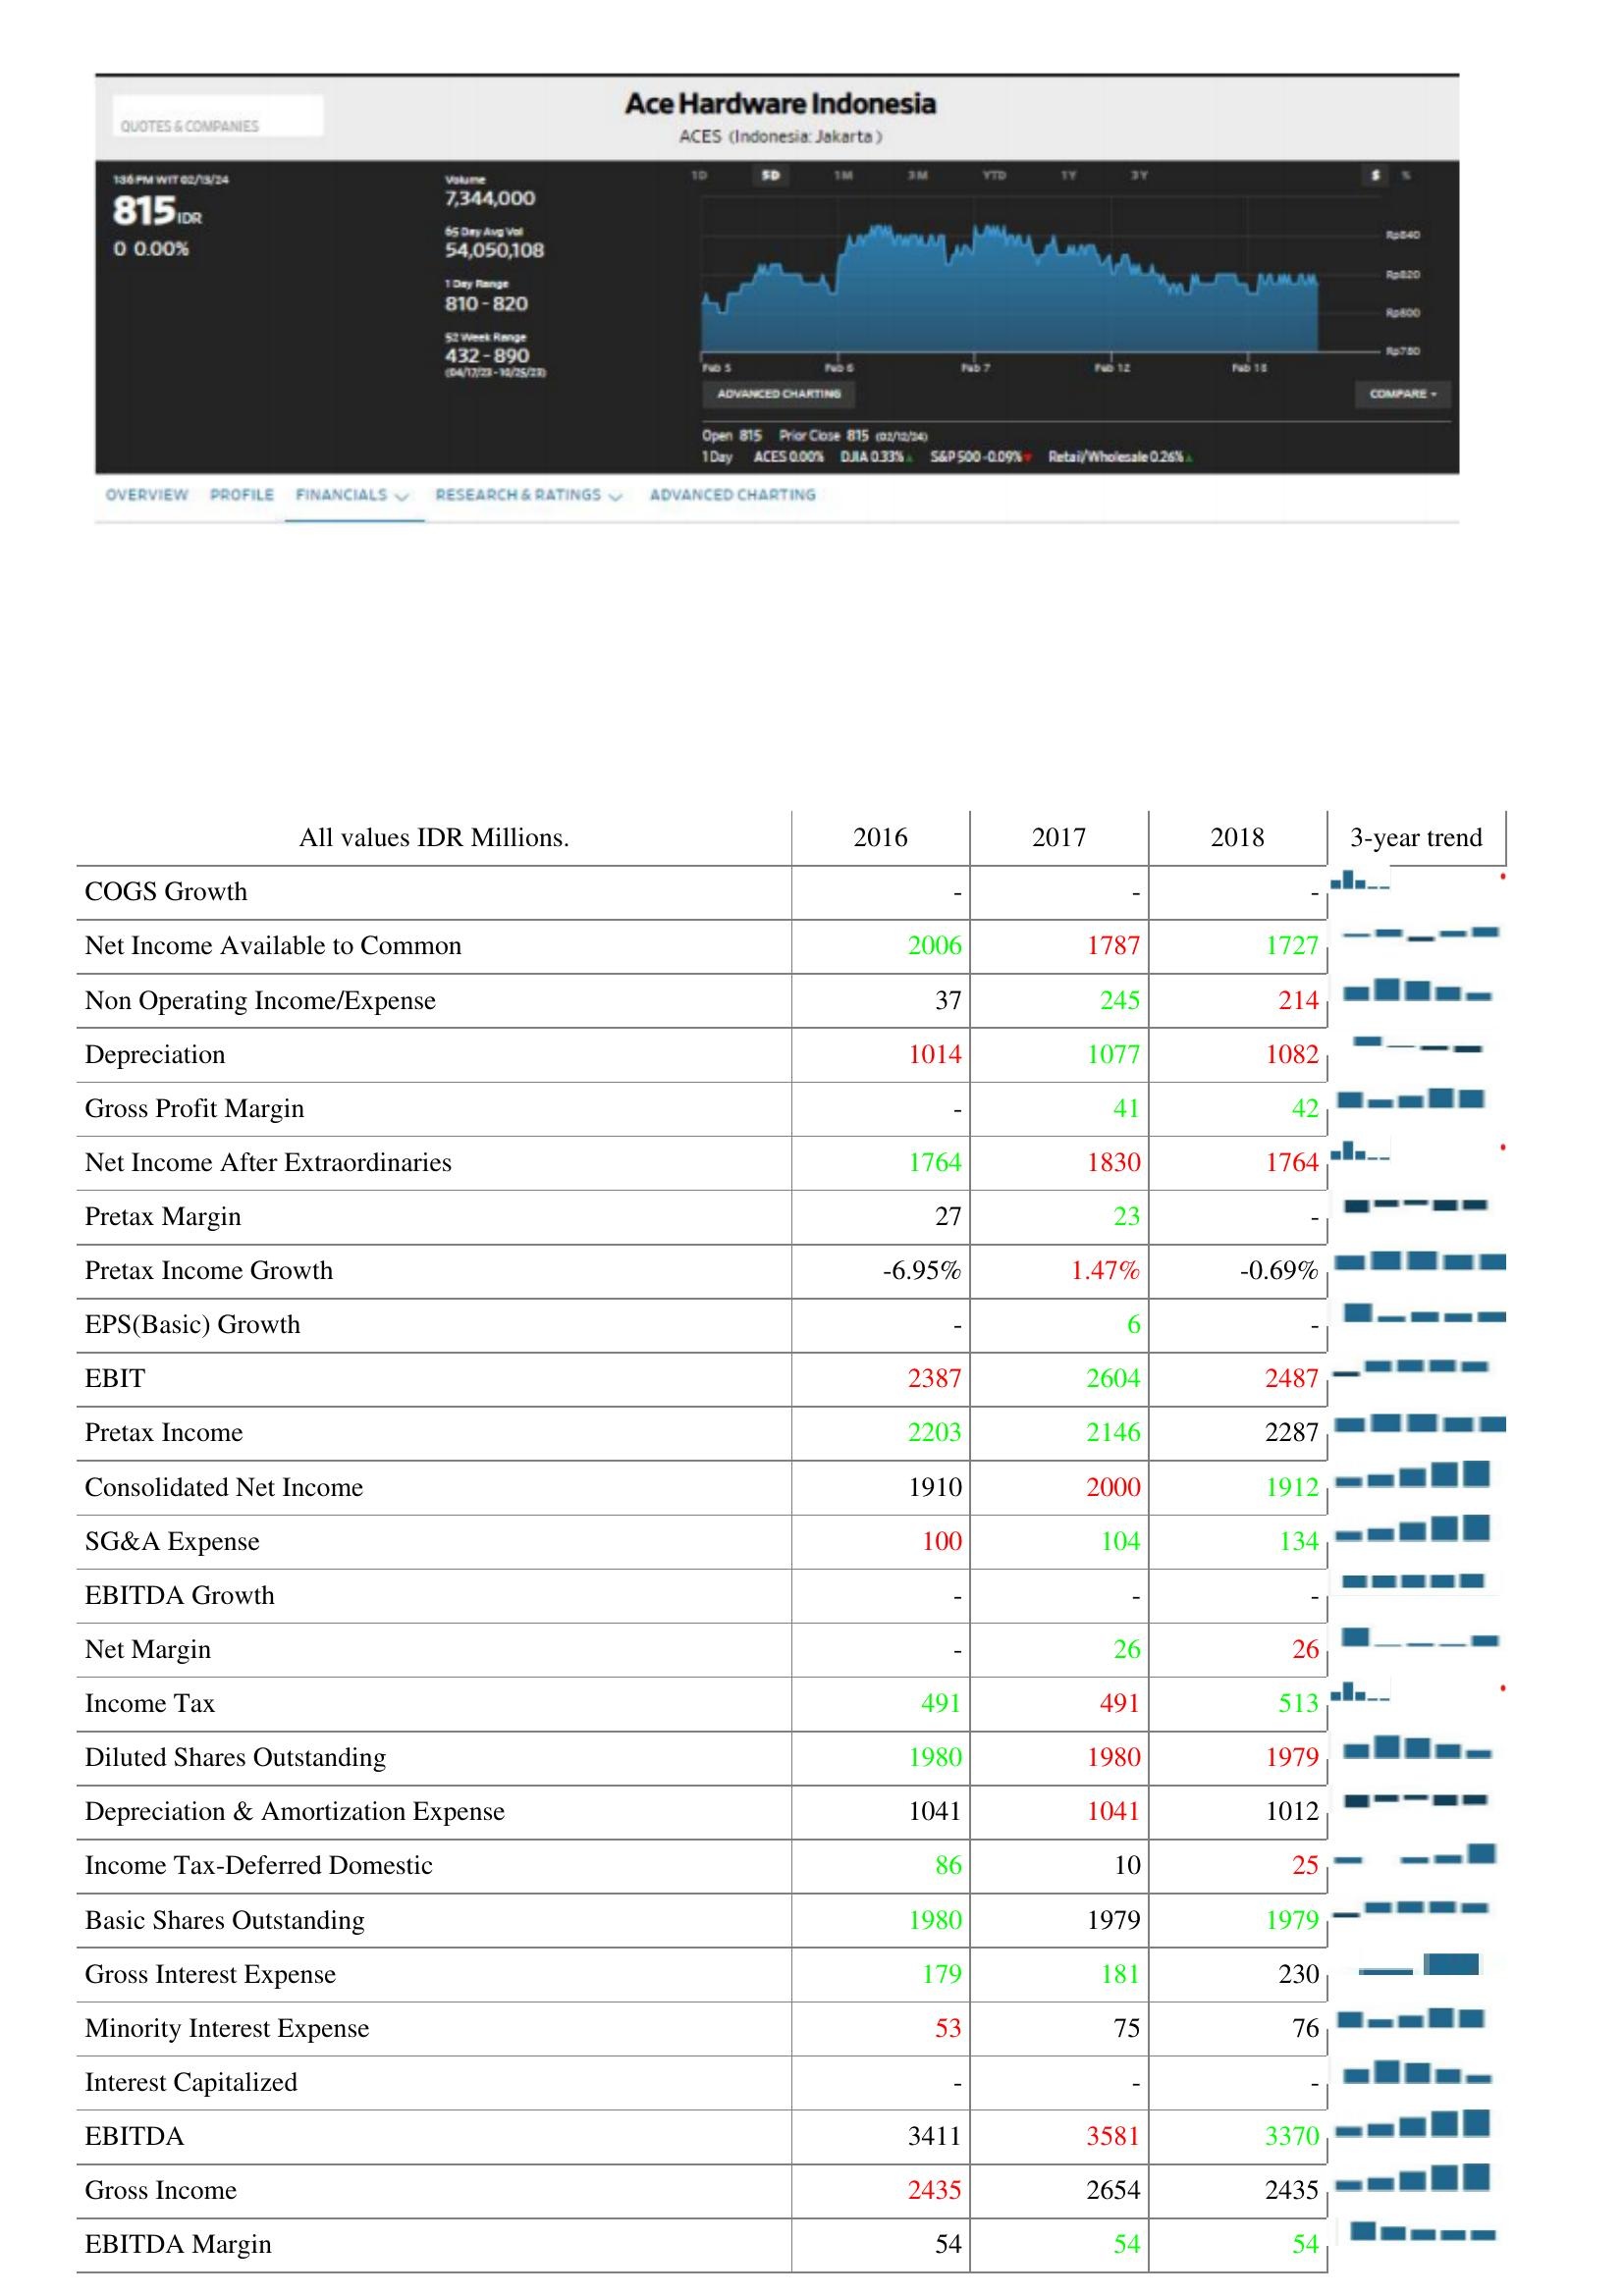
2016: : COGS Growth: -
Net Income Available to Common: 2006
Non Operating Income/Expense: 37
Depreciation: 1014
Gross Profit Margin: -
Net Income After Extraordinaries: 1764
Pretax Margin: 27
Pretax Income Growth: -6.95%
EPS(Basic) Growth: -
EBIT: 2387
Pretax Income: 2203
Consolidated Net Income: 1910
SG&A Expense: 100
EBITDA Growth: -
Net Margin: -
Income Tax: 491
Diluted Shares Outstanding: 1980
Depreciation & Amortization Expense: 1041
Income Tax-Deferred Domestic: 86
Basic Shares Outstanding: 1980
Gross Interest Expense: 179
Minority Interest Expense: 53
Interest Capitalized: -
EBITDA: 3411
Gross Income: 2435
EBITDA Margin: 54
2017: : COGS Growth: -
Net Income Available to Common: 1787
Non Operating Income/Expense: 245
Depreciation: 1077
Gross Profit Margin: 41
Net Income After Extraordinaries: 1830
Pretax Margin: 23
Pretax Income Growth: 1.47%
EPS(Basic) Growth: 6
EBIT: 2604
Pretax Income: 2146
Consolidated Net Income: 2000
SG&A Expense: 104
EBITDA Growth: -
Net Margin: 26
Income Tax: 491
Diluted Shares Outstanding: 1980
Depreciation & Amortization Expense: 1041
Income Tax-Deferred Domestic: 10
Basic Shares Outstanding: 1979
Gross Interest Expense: 181
Minority Interest Expense: 75
Interest Capitalized: -
EBITDA: 3581
Gross Income: 2654
EBITDA Margin: 54
2018: : COGS Growth: -
Net Income Available to Common: 1727
Non Operating Income/Expense: 214
Depreciation: 1082
Gross Profit Margin: 42
Net Income After Extraordinaries: 1764
Pretax Margin: -
Pretax Income Growth: -0.69%
EPS(Basic) Growth: -
EBIT: 2487
Pretax Income: 2287
Consolidated Net Income: 1912
SG&A Expense: 134
EBITDA Growth: -
Net Margin: 26
Income Tax: 513
Diluted Shares Outstanding: 1979
Depreciation & Amortization Expense: 1012
Income Tax-Deferred Domestic: 25
Basic Shares Outstanding: 1979
Gross Interest Expense: 230
Minority Interest Expense: 76
Interest Capitalized: -
EBITDA: 3370
Gross Income: 2435
EBITDA Margin: 54